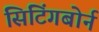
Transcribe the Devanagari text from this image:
सिटिंगबोर्न